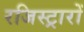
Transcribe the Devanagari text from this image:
रजिस्ट्रारों